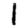
Digit: 1